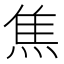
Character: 焦